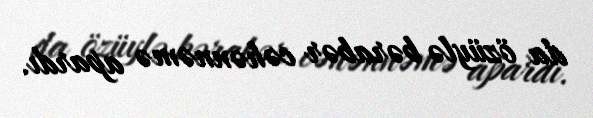
da özüylə bərabər cəhənnəmə apardı.